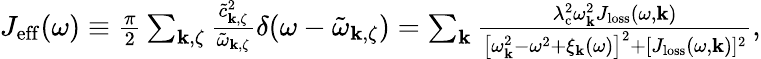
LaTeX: \begin{array}{r}{J_{\mathrm{eff}}(\omega)\equiv\frac{\pi}{2}\sum_{\mathbf{k},\zeta}\frac{\tilde{c}_{\mathbf{k},\zeta}^{2}}{\tilde{\omega}_{\mathbf{k},\zeta}}\delta(\omega-\tilde{\omega}_{\mathbf{k},\zeta})=\sum_{\mathbf{k}}\frac{\lambda_{\mathrm{c}}^{2}\omega_{\mathbf{k}}^{2}J_{\mathrm{loss}}(\omega,\mathbf{k})}{\left[\omega_{\mathbf{k}}^{2}-\omega^{2}+\xi_{\mathbf{k}}(\omega)\right]^{2}+[J_{\mathrm{loss}}(\omega,\mathbf{k})]^{2}},}\end{array}